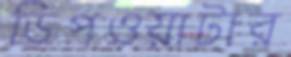
ডিপওয়াটার